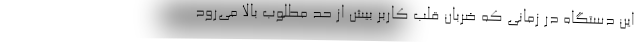
این دستگاه در زمانی که ضربان قلب کاربر بیش از حد مطلوب بالا می‌رود